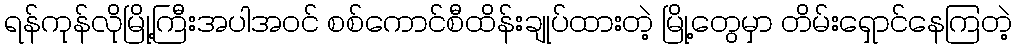
ရန်ကုန်လိုမြို့ကြီးအပါအဝင် စစ်ကောင်စီထိန်းချုပ်ထားတဲ့ မြို့တွေမှာ တိမ်းရှောင်နေကြတဲ့